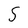
Character: 5